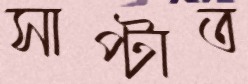
সাপ্‌টাত